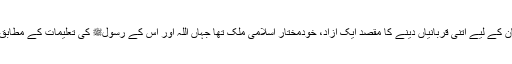
ان کا پاکستان کے لیے اتنی قربانیاں دینے کا مقصد ایک آزاد، خودمختار اسلامی ملک تھا جہاں اللہ اور اس کے رسولﷺ کی تعلیمات کے مطابق قوانین ہوں۔